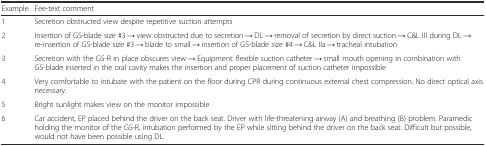
| Example | Fee-text comment |
 | --- | --- |
 | 1 | Secretion obstructed view despite repetitive suction attempts |
 | 2 | Insertion of GS-blade size #3 → view obstructed due to secretion → DL → removal of secretion by direct suction → C&L III during DL → re-insertion of GS-blade size #3 → blade to small → insertion of GS-blade size #4 → C&L IIa → tracheal intubation |
 | 3 | Secretion with the GS-R in place obscures view → Equipment: flexible suction catheter → small mouth opening in combination with GS-blade inserted in the oral cavity makes the insertion and proper placement of suction catheter impossible |
 | 4 | Very comfortable to intubate with the patient on the floor during CPR during continuous external chest compression. No direct optical axis necessary. |
 | 5 | Bright sunlight makes view on the monitor impossible |
 | 6 | Car accident, EP placed behind the driver on the back seat. Driver with life-threatening airway (A) and breathing (B) problem. Paramedic holding the monitor of the GS-R, intubation performed by the EP while sitting behind the driver on the back seat. Difficult but possible, would not have been possible using DL. |